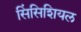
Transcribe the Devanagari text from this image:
सिंसिशियल